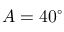
A = 4 0 ^ { \circ }